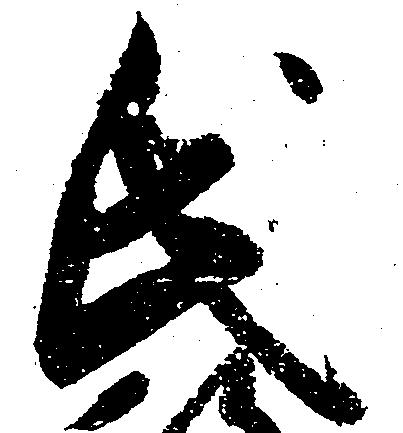
氏